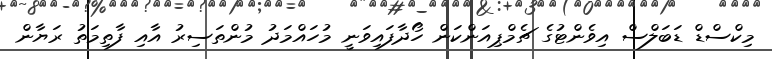
މިކްސްޑް ޑަބަލްސް އިވެންޓުގެ ޗެމްޕިއަންކަން ހޯދާފައިވަނީ މުހައްމަދު މުންތަސިރު އާއި ފާތިމަތު ރަޔާން